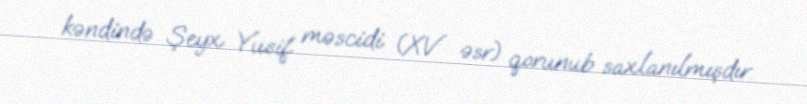
kəndində Şeyx Yusif məscidi (XV əsr) qorunub saxlanılmışdır.